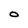
Character: O